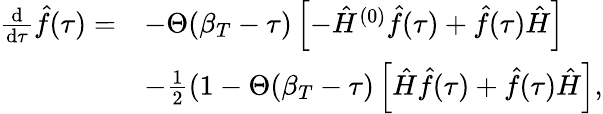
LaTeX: \begin{array}{rl}{\frac{\mathrm{d}}{\mathrm{d}\tau}\hat{f}(\tau)=}&{-\Theta(\beta_{T}-\tau)\left[-\hat{H}^{(0)}\hat{f}(\tau)+\hat{f}(\tau)\hat{H}\right]}\\ &{-\frac{1}{2}(1-\Theta(\beta_{T}-\tau)\left[\hat{H}\hat{f}(\tau)+\hat{f}(\tau)\hat{H}\right],}\end{array}